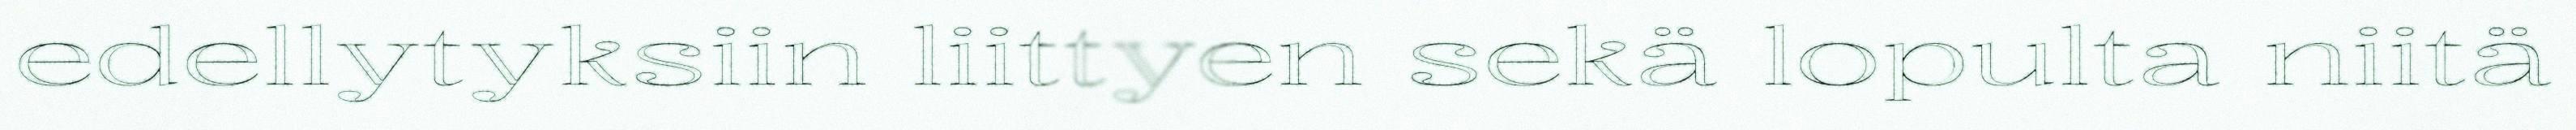
edellytyksiin liittyen sekä lopulta niitä